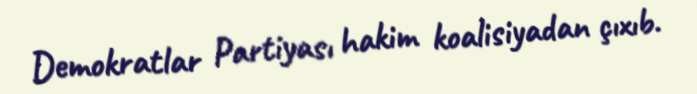
Demokratlar Partiyası hakim koalisiyadan çıxıb.